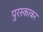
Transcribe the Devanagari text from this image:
पुरस्काकर